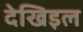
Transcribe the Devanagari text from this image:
देखिइल